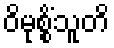
ဝိမုစ္စိံသူတိ